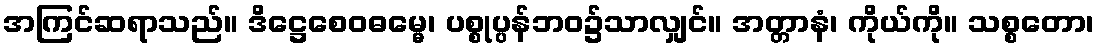
အကြင်ဆရာသည်။ ဒိဋ္ဌေစေဝဓမ္မေ၊ ပစ္စုပ္ပန်ဘဝ၌သာလျှင်။ အတ္တာနံ၊ ကိုယ်ကို။ သစ္စတော၊